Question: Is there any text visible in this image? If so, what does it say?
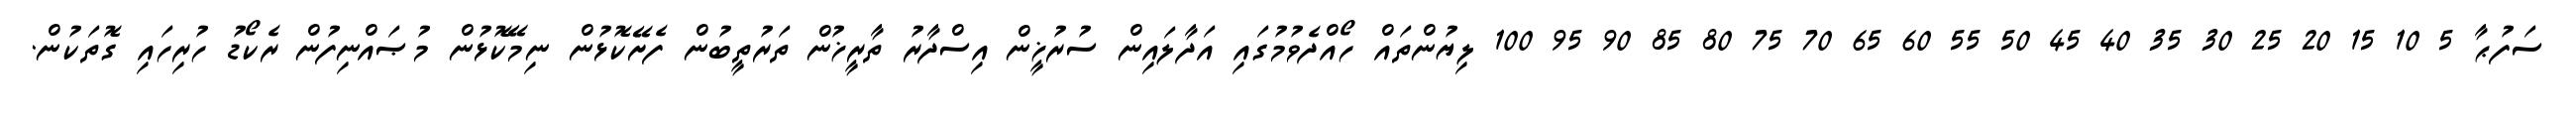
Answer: ސަފުޙާ 5 10 15 20 25 30 35 40 45 50 55 60 65 70 75 80 85 90 95 100 ލިޔުންތައް ހޯއްދެވުމުގައި އަދާލައިން ސުރުޚީން އިސްދާރު ތާރީޚުން ތަރުތީބުން ފެށޭކޮޅުން ނިމޭކޮޅުން މުޞައްނިފުން ރެކޯޑު ހުރިހައި ގޮތަކުން.